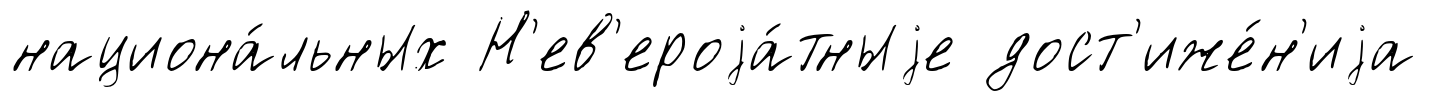
национа́льных Н'ев'ероjа́тныjе дост'иже́н'иjа